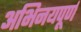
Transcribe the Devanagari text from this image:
अभिनयपूर्ण